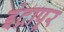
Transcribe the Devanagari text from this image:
इंद्रापूर